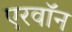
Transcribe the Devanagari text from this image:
एरवॉन